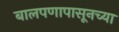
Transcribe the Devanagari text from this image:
बालपणापासूनच्या